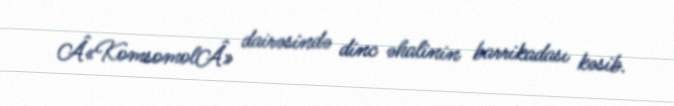
Â«KomsomolÂ» dairəsində dinc əhalinin barrikadası kəsib.